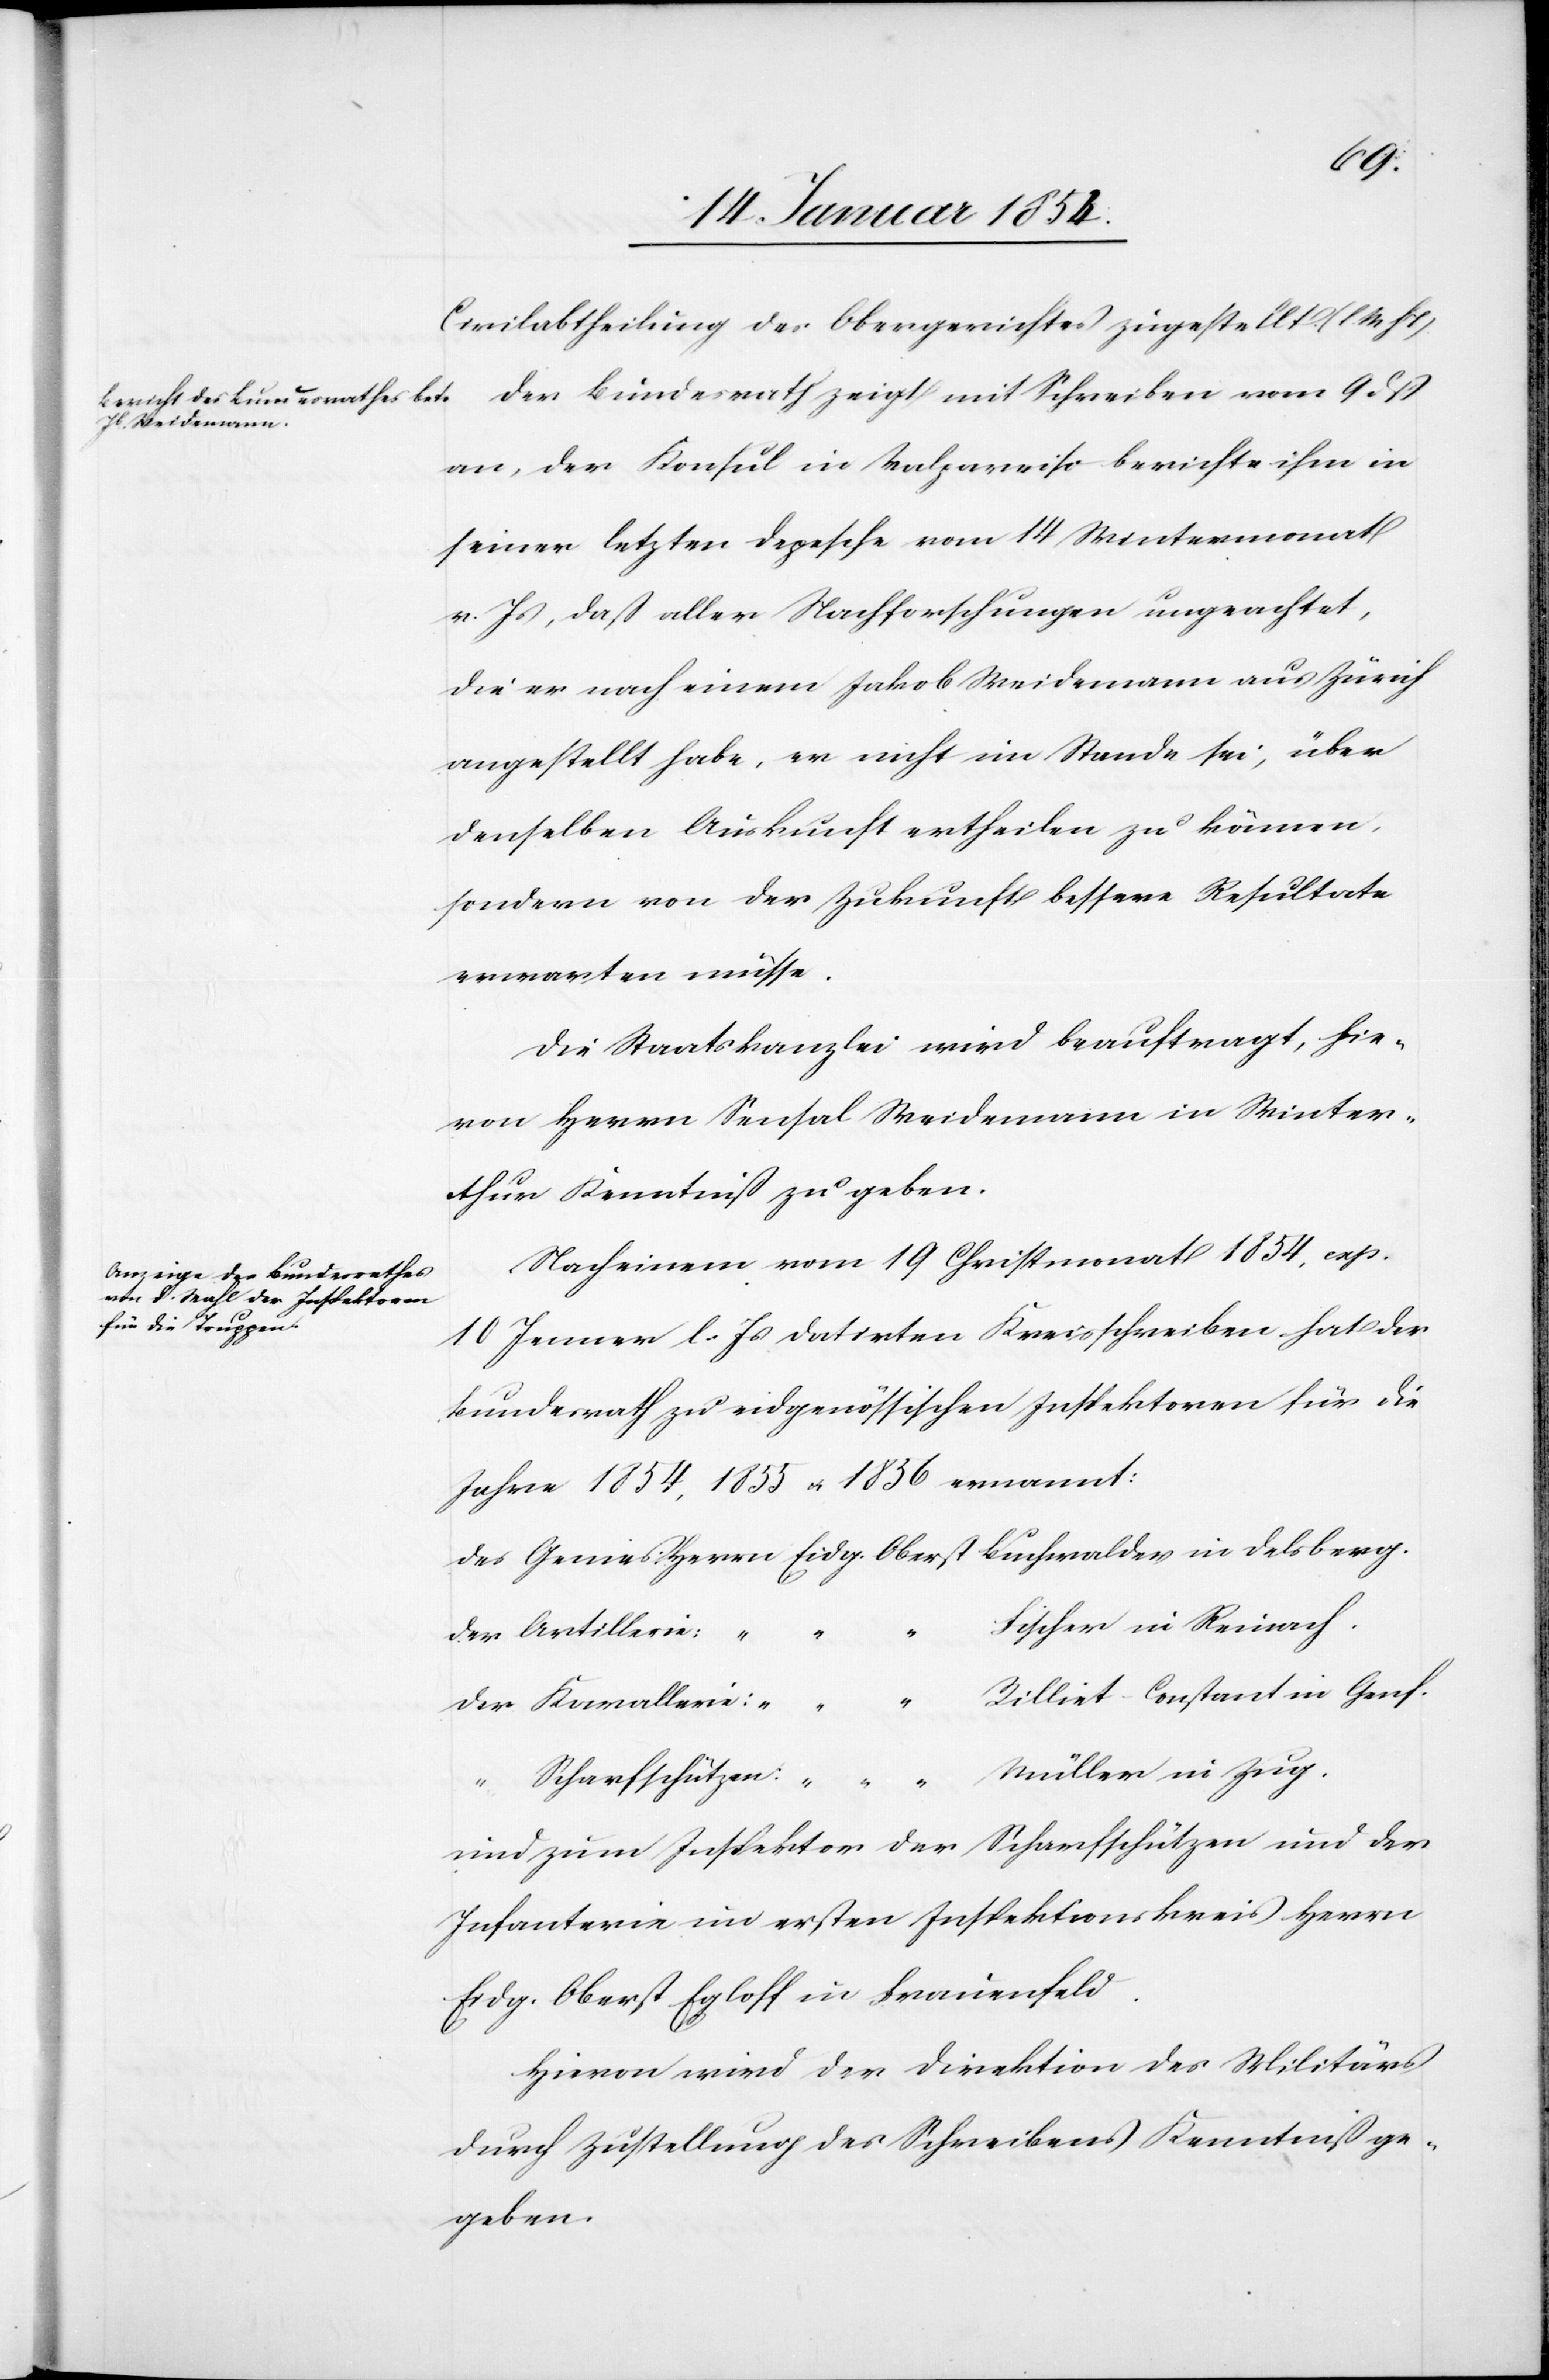
Civilabtheilung des Obergerichtes zugestellt. (l. M h T).
Der Bundesrath zeigt mit Schreiben vom 9 dß
an, der Konsul in Valpareiso berichte ihm in
seiner letzten Depesche vom 14 Wintermonat
v. Js, daß aller Nachforschungen ungeachtet,
die er nach einem Jakob Weidemann aus Zürich
angestellt habe, er nicht im Stande sei, über
denselben Auskunft ertheilen zu können,
sondern von der Zukunft bessere Resultate
erwarten müsse.
Die Staatskanzlei wird beauftragt, hie¬
von Herrn Sensal Weidemann in Winter¬
thur Kenntniß zu geben.
Nach einem vom 19 Christmonat 1854, exp.
10 Januar l. Js datirten Kreisschreiben hat der
Bundesrath zu eidgenössischen Inspektoren für die
Jahre 1854, 1855 u. 1856 ernannt:
Des Genies	Herrn	Eidg.	Oberst	Buchwalder in Delsberg.
“	Fischer in Reinach.
Der Artillerie:
Der Kavallerie: 	“ 	“ 	“ 	Rilliet-Constant in Genf.
“ Scharfschützen: 	“ 	“ 	“ 	Müller in Zug.
und zum Inspektor der Scharfschützen und der
Infanterie und ersten Inspektionskreis Herrn
Eidg. Oberst Egloff in Frauenfeld.
Hievon wird der Direktion des Militärs
durch Zustellung des Schreibens Kenntniß ge¬
geben.